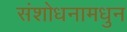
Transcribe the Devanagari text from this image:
संशोधनामधुन